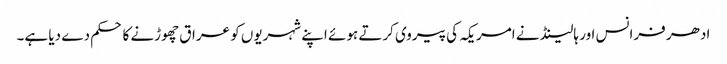
ادھر فرانس اور ہالینڈ نے امریکہ کی پیروی کرتے ہوئے اپنے شہریوں کو عراق چھوڑنے کا حکم دے دیا ہے۔